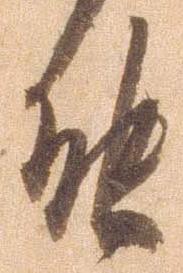
能